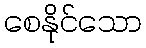
စေနိုင်သော